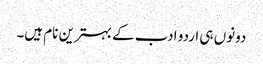
دونوں ہی اردو ادب کے بہترین نام ہیں۔